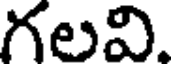
గలవి.